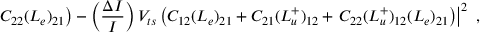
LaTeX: \left. C _ { 2 2 } ( L _ { e } ) _ { 2 1 } \right) - \left( \frac { \Delta I } { I } \right) V _ { t s } \left( C _ { 1 2 } ( L _ { e } ) _ { 2 1 } + C _ { 2 1 } ( L _ { u } ^ { + } ) _ { 1 2 } + \left. C _ { 2 2 } ( L _ { u } ^ { + } ) _ { 1 2 } ( L _ { e } ) _ { 2 1 } \right) \right| ^ { 2 } ~ ,